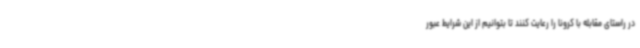
در راستای مقابله با کرونا را رعایت کنند تا بتوانیم از این شرایط عبور